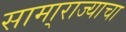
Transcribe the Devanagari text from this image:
सामा्राज्याचा